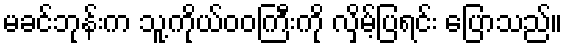
မခင်ဘုန်းက သူ့ကိုယ်ဝဝကြီးကို လှိမ့်ပြရင်း ပြောသည်။